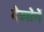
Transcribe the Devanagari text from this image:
देखोगें